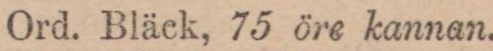
Ord. Bläck, 75 öre kannan.